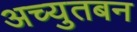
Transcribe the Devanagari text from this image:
अच्युतबन